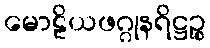
မောဠိယဖဂ္ဂုနရိဋ္ဌဉ္စ